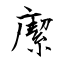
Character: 緳